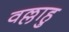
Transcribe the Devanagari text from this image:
वल्लाहु